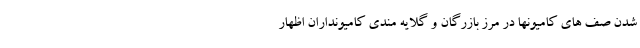
شدن صف های کامیونها در مرز بازرگان و گلایه مندی کامیونداران اظهار